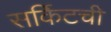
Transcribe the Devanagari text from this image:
सर्किटची